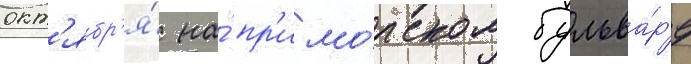
окт'ябр'я́ на́ пр'имо́рском бульва́р'е